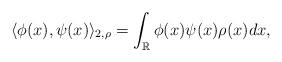
LaTeX: \begin{align*}\langle \phi(x),\psi(x)\rangle_{2,\rho}=\int_{\mathbb{R}}\phi(x)\psi(x)\rho(x)dx,\end{align*}